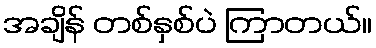
အချိန် တစ်နှစ်ပဲ ကြာတယ်။